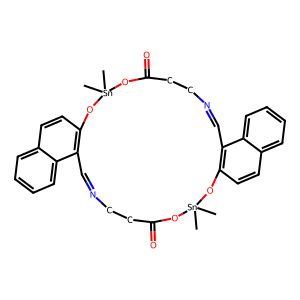
SMILES: C[Sn]1(C)OC(=O)CCN=Cc2c(ccc3ccccc23)O[Sn](C)(C)OC(=O)CCN=Cc2c(ccc3ccccc23)O1
Inhibits HIV replication: No